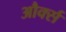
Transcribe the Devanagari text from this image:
और्क्स